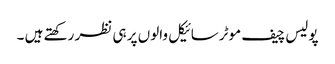
پولیس چیف موٹرسائیکل والوں پر ہی نظر رکھتے ہیں ۔